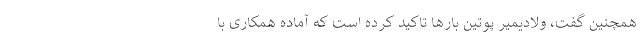
همچنین گفت، ولادیمیر پوتین بارها تاکید کرده است که آماده همکاری با